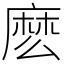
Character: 麽